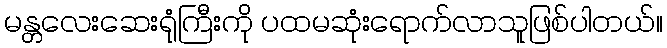
မန္တလေးဆေးရုံကြီးကို ပထမဆုံးရောက်လာသူဖြစ်ပါတယ်။